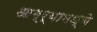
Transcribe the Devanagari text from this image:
आग्र्यामध्ये